Annual report of the Central Committee of the Association together with the report of the directors of the Pasteur Institute at Kasauli
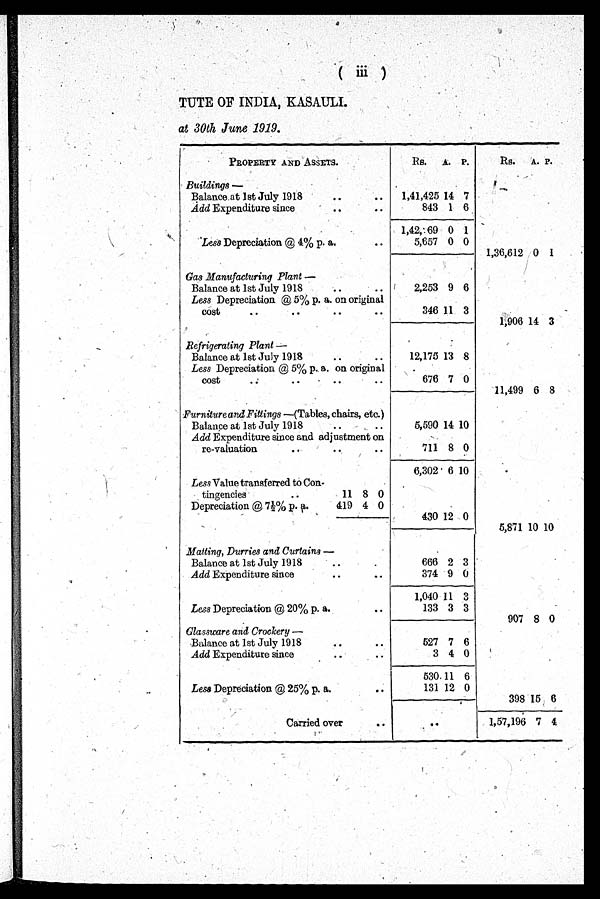
TUTE INDIA,
KASAULI.
at 30th June 1919.
PROPERTY AND ASSETS.
Rs. A. P.
Rs. A. P.
Buildings—
Balance at 1st July 1918
..
..
1,41,425 14 7
Add Expenditure since
.. ..
843 1 6
1,42, 69 0 1
Less Depreciation @ 4% p. a.
..
5,657 0 0
1,36,612 0 1
Gas Manufacturing Plant —
Balance at 1st July 1918
..
..
2,253 9 6
Less Depreciation @ 5% p. a. on original
cost
..
.. .. ..
346 11 3
1,906 14 3
Refrigerating Plant—
Balance at 1st July 1918
• •
• •
12,175 13 8
Less Depreciation @ 5% p.. a. on original
cost
.. .. .. ..
676 7 0
11,499 6 8
Furniture and Fittings —(Tables, chairs, etc.)
Balance at 1st July 1918
..
..
5,590 14 10
Add Expenditure since and adjustment on
re-valuation
..
.. ..
711 8 0
6,302 6 10
Less Value transferred to Con-
tingencies
..
1 1
8 0
Depreciation @ 71/2% p. a.
419 4 0
430 12 0
5,871 10 10
Matting, Durries and Curtains —
Balance at 1st July 1918
..
..
666 2 3
Add Expenditure since
.. ..
374 9 0
1,040 11 3
Less Depreciation @ 20% p. a.
..
133 3 3
907 8 0
Glassware and Crockery —
Balance at 1st July 1918
..
..
527 7 6
Add Expenditure since
..
..
3 4 0
530
1 1 6
Less Depreciation @ 25% p. a.
..
131 12 0
398 15 6
Carried over ..
..
1,57,196 7 4